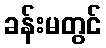
ခန်းမတွင်